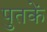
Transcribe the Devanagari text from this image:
पुतकें